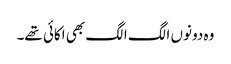
وہ دونوں الگ الگ بھی اکائی تھے۔